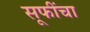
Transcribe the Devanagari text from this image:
सूफींचा